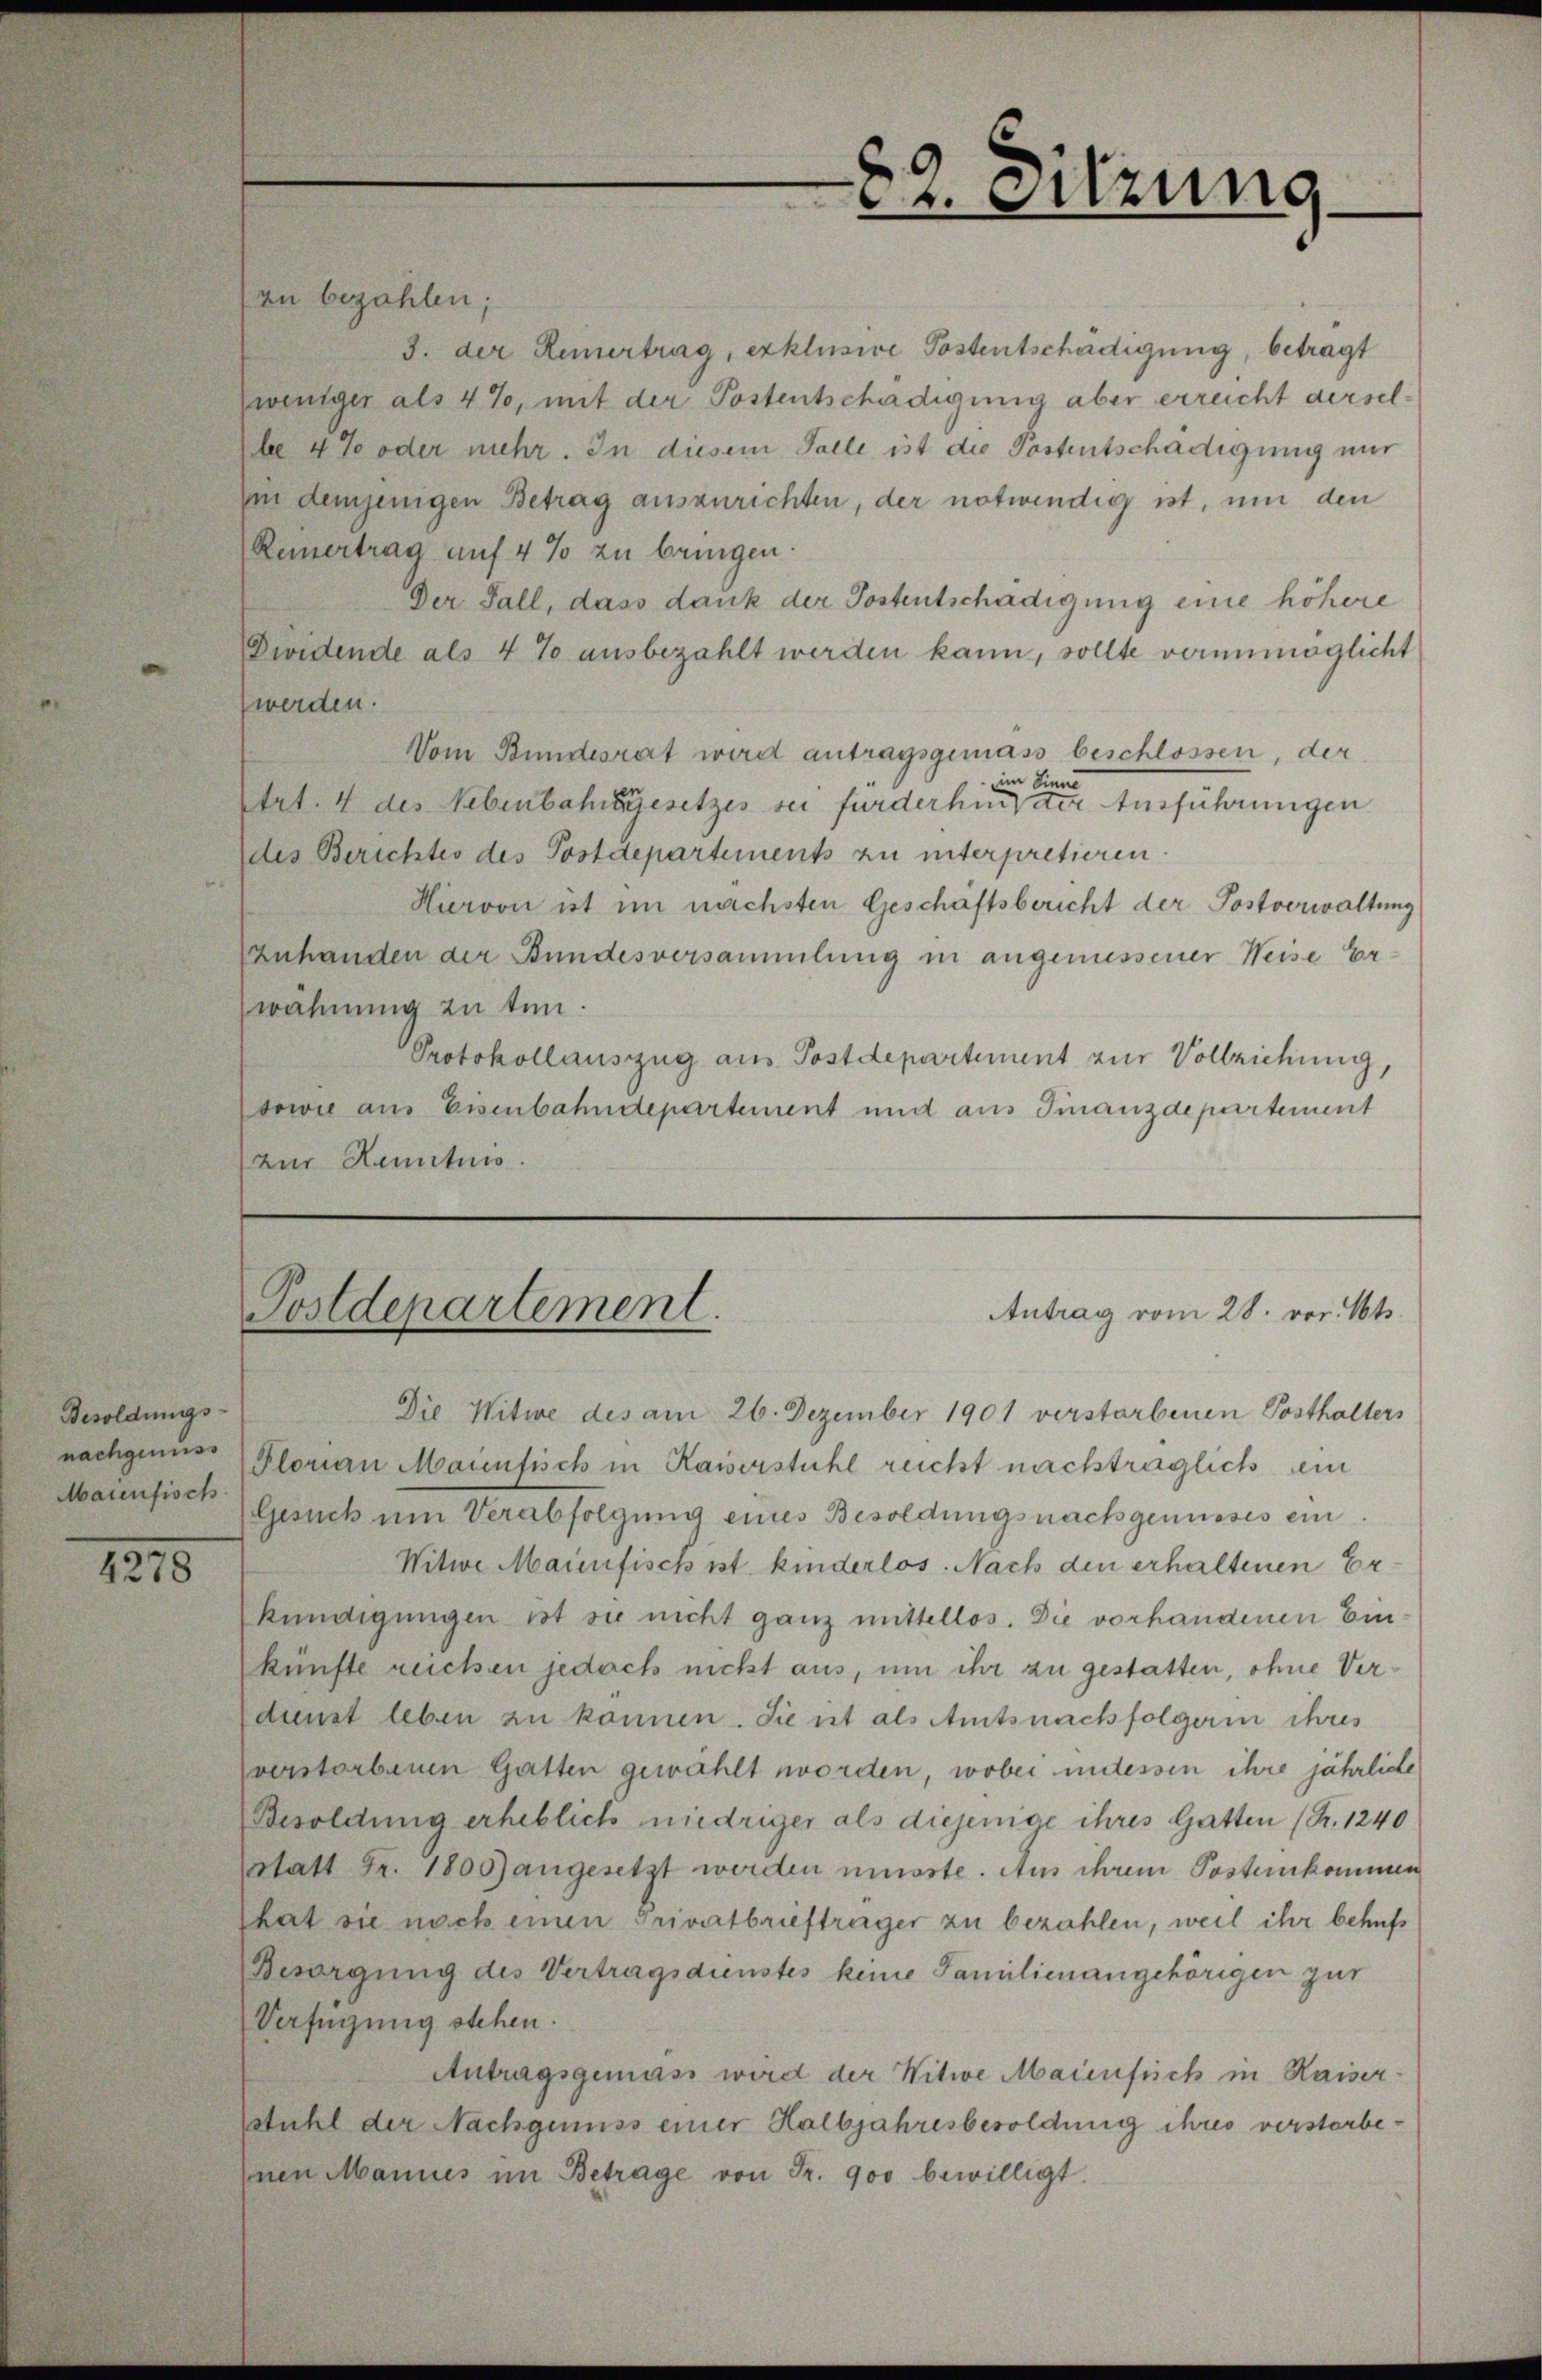
Besoldungs-
nachgenuss
Maienfisch

1215

Postdepartement.

an bezahlen;
3. der Reinertrag, exklusive Postentschädigung, betragt
weniger als 4%, mit der Postentschädigung aber erreicht derselbe 4 te oder mehr. In diesem Falle ist die Postentschädigung nur
ii demjenigen Betrag auszurichten, der notwendig ist, um den
Reinertrag auf 4 % zu bringen.
Der Fall, dass dank der Postentschädigung eine höhere
Dividende als 4 % ausbezahlt werden kann, sollte verunmöglicht
werden.
Vom Bundesrat wird antragsgemäss beschlossen, der
im Sinne
trt. 4 des Nebenbahngesetzes sei furderhin der Ausführungen
des Berichtes des Postdepartements zu unterpretieren.
Hiervon ist im nächsten Geschaftsbericht der Postverwaltung
zuhanden der Bundesversammlung in angemessener Weise Er-
wähnung zu tun.
Protokollauszug aus Postdepartement zur Vollziehung,
sowie aus Eisenbahndepartement und aus Finanzdepartement
zur Kenntnis.

Die Witwe des am 26. Dezember 1901 verstarbenen Posthalters
Plorian Mannfisch in Kaiserstuhl recht nachträglich ein
Gesuch um Verabfolgung eines Besoldungsnachgenusses ein
Witwe Maienfisch ist kinderlos. Nach den erhaltenen Erkündigungen ist sie nicht ganz mittellos. Die vorhandenen Einkünfte reichen jedoch nicht aus, um ihr zu gestatten, ohne Verdunst leben zu können. Sie ist als Amtsnachfolgerin ihres
vverstorbenen Gatten gewählt worden, wobei untessen ihre jährliche
Besoldung erheblich niedriger als diejenige ihres Gatten (S. 1240
Statt Fr. 1805) angesetzt werden müsste. Aus ihrem Postenkommen
hat sie nach einen Privatbriefträger zu bezahlen, weil ihr behuf
Besorgung des Vertragsdienstes keine Familienangehörigen zur
Verfügung stehen.
Antragsgemäss wird der Witwe Maienflich in Kaiser
stuhl der Nachgeniss einer Halbjahresbesoldung ihres verstorbe-
Inen Mannes im Betrage von Fr. 900 bewilligt.

82. Sitzung

Antrag vom 28. vor. Mts.